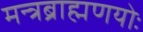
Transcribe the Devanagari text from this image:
मन्त्रब्राह्मणयोः